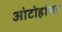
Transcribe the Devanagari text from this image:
ओटोहांसर